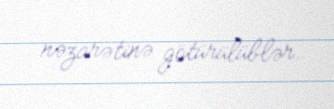
nəzarətinə götürülüblər.